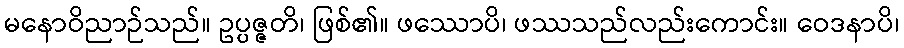
မနောဝိညာဉ်သည်။ ဥပ္ပဇ္ဇတိ၊ ဖြစ်၏။ ဖဿောပိ၊ ဖဿသည်လည်းကောင်း။ ဝေဒနာပိ၊